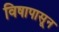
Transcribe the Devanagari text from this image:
विषापासून